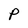
Character: P